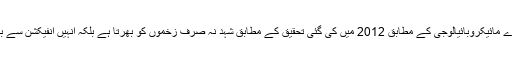
میڈیکل جریدے مائیکروبائیالوجی کے مطابق 2012 میں کی گئی تحقیق کے مطابق شہد نہ صرف زخموں کو بھرتا ہے بلکہ انہیں انفیکشن سے بھی بچاتا ہے۔